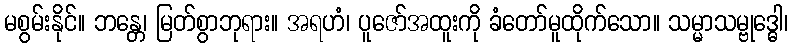
မစွမ်းနိုင်။ ဘန္တေ၊ မြတ်စွာဘုရား။ အရဟံ၊ ပူဇော်အထူးကို ခံတော်မူထိုက်သော။ သမ္မာသမ္ဗုဒ္ဓေါ၊